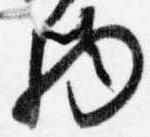
物